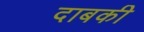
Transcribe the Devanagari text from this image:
दाबकी